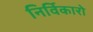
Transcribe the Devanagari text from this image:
निर्विकारो